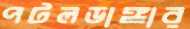
পটলডাঙ্গার